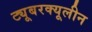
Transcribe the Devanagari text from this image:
ट्यूबरक्यूलीन